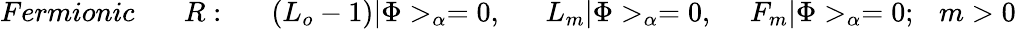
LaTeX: Fermionic~~~~~~~R:~~~~~~(L_{o}-1)|\Phi>_{\alpha}=0,~~~~~~L_{m}|\Phi>_{\alpha}=0,~~~~~F_{m}|\Phi>_{\alpha}=0;~~~m>0